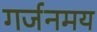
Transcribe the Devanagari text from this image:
गर्जनमय